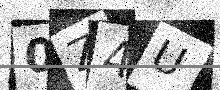
Text: 0Z4U